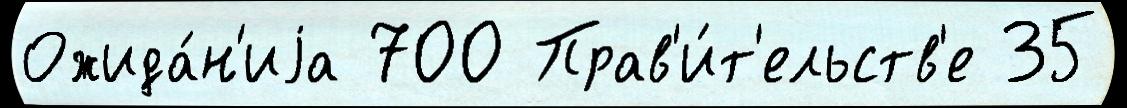
Ожида́н'иjа 700 Прав'и́т'ельств'е 35